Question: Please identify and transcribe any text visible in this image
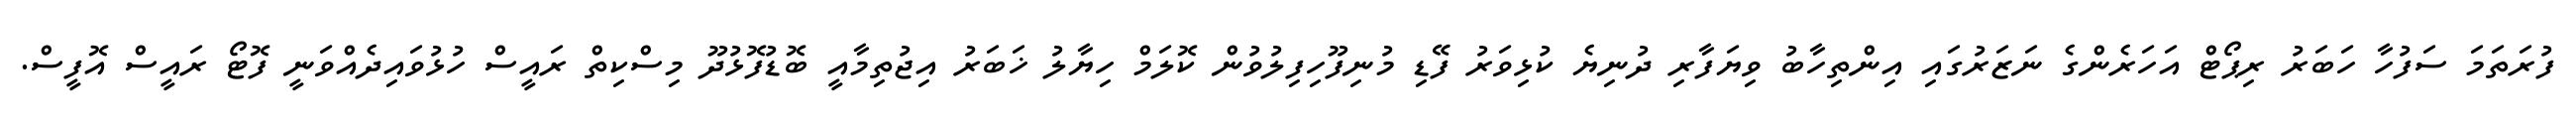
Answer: ފުރަތަމަ ސަފުހާ ހަބަރު ރިޕޯޓް އަހަރެންގެ ނަޒަރުގައި އިންތިހާބު ވިޔަފާރި ދުނިޔެ ކުޅިވަރު ފޭޑި މުނިފޫހިފިލުވުން ކޮލަމް ހިޔާލު ޚަބަރު އިޖުތިމާއީ ބޮޑުފޮޅުދޫ މިސްކިތް ރައީސް ހުޅުވައިދެއްވަނީ ފޮޓޯ ރައީސް އޮފީސް.